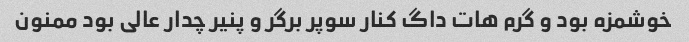
خوشمزه بود و گرم هات داگ کنار سوپر برگر و پنیر چدار عالی بود ممنون